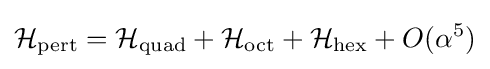
{\mathcal {H}}_{\rm {pert}}={\mathcal {H}}_{\rm {quad}}+{\mathcal {H}}_{\rm {oct}}+{\mathcal {H}}_{\rm {hex}}+O(\alpha ^{5})